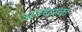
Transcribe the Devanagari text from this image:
अरबस्क